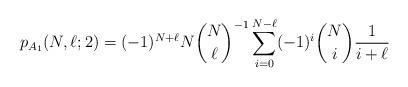
LaTeX: \begin{align*} p_{A_1}(N,\ell;2)=(-1)^{N+\ell}N\binom{N}{\ell}^{-1}\sum_{i=0}^{N-\ell}(-1)^i\binom{N}{i}\frac{1}{i+\ell}\end{align*}